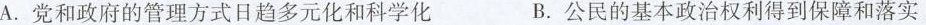
A. 党和政府的管理方式日趋多元化和科学化 B. 公民的基本政治权利得到保障和落实